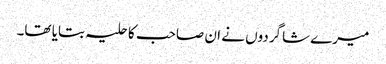
میرے شاگردوں نے ان صاحب کا حلیہ بتایا تھا۔